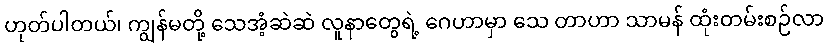
ဟုတ်ပါတယ်၊ ကျွန်မတို့ သေအံ့ဆဲဆဲ လူနာတွေရဲ့ ဂေဟာမှာ သေ တာဟာ သာမန် ထုံးတမ်းစဉ်လာ